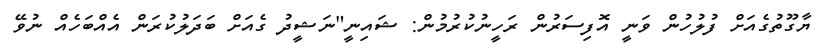
ޔާގޫތުގެއަށް ފުލުހުން ވަނީ އޮފިސަރުން ރަހީނުކުރުމުން: ޝައިނީ"ނަޝީދު ގެއަށް ބަދަލުކުރަން އެއްބަހެއް ނުވޭ